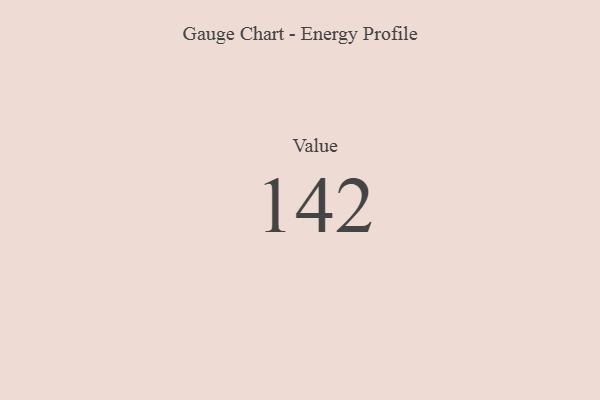
{"axis": {"x": "Metric", "y": "Value"}, "legend": [""], "data": [{"x": "Value", "y": 142, "type": ""}]}